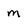
Character: m